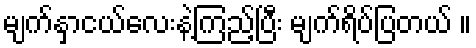
မျက်နှာငယ်လေးနဲ့ကြည့်ပြီး မျက်ရိပ်ပြတယ် ။